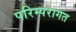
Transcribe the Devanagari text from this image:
परिम्परागत